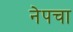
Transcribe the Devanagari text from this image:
नेपचा